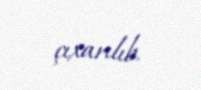
çıxarılıb.